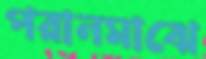
পরানমাঝে